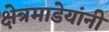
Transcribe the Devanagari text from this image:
क्षेत्रमाडेयांनी